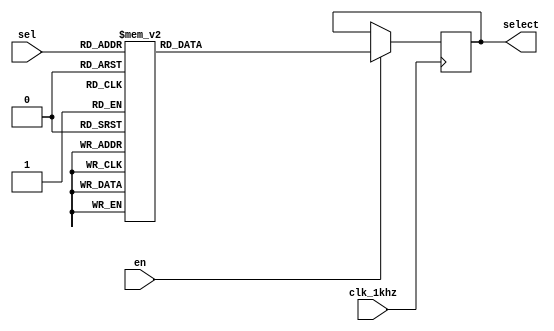
module Selector(sel,clk_1khz,en,select);
	input [2:0]sel;
	input clk_1khz;
	input en;
	output [7:0]select;
	reg [7:0]select;
	always @ (posedge clk_1khz)
	begin
		if(en == 1)
			case(sel)
				3'b000:select=0000_0001;
				3'b001:select=0000_0010;
				3'b010:select=0000_0100;
				3'b011:select=0000_1000;
				3'b100:select=0001_0000;
				3'b101:select=0010_0000;
				3'b110:select=0100_0000;
				3'b111:select=1000_0000;
			endcase
	end
endmodule